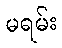
မရမ်း